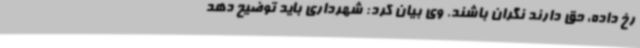
رخ داده، حق دارند نگران باشند. وی بیان کرد: شهرداری باید توضیح دهد